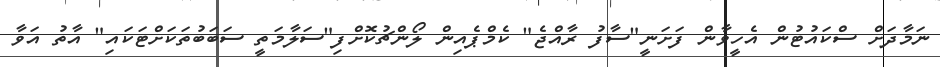
ނަމާދަށް ސްކައުޓުން އެހީވާން ފަށަނީ"ސާފު ރާއްޖެެ" ކެމްޕެއިން ލޯންޗުކޮށްފި"ސަލާމަތީ ސަބަބުތަކަށްޓަކައި" އާތު އަވާ